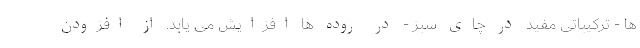
ها - ترکیباتی مفید در چای سبز - در روده ها افزایش می یابد. از افزودن